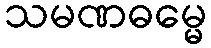
သမဏဓမ္မေ